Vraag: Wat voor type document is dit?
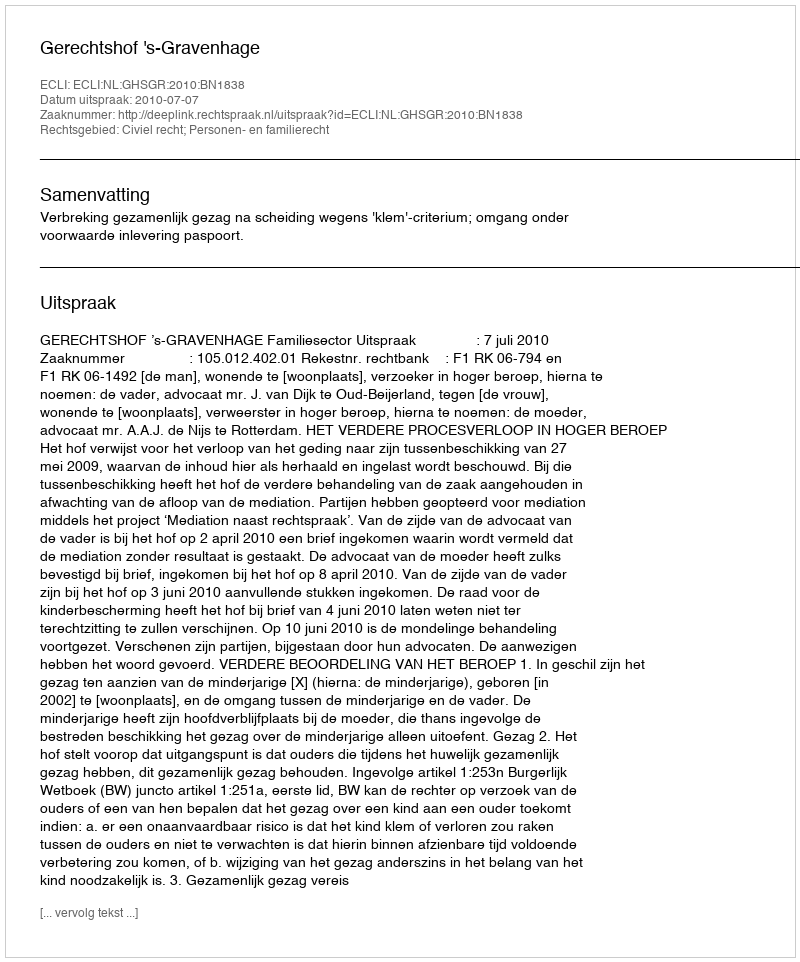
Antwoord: Uitspraak